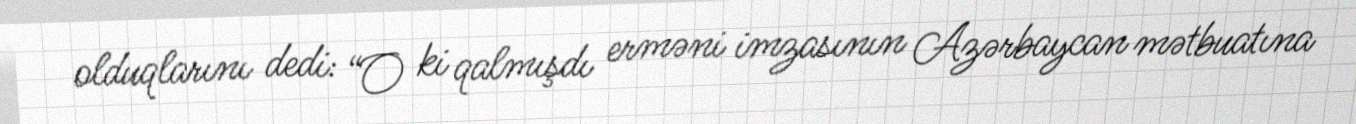
olduqlarını dedi: “O ki qalmışdı erməni imzasının Azərbaycan mətbuatına